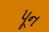
પૂન